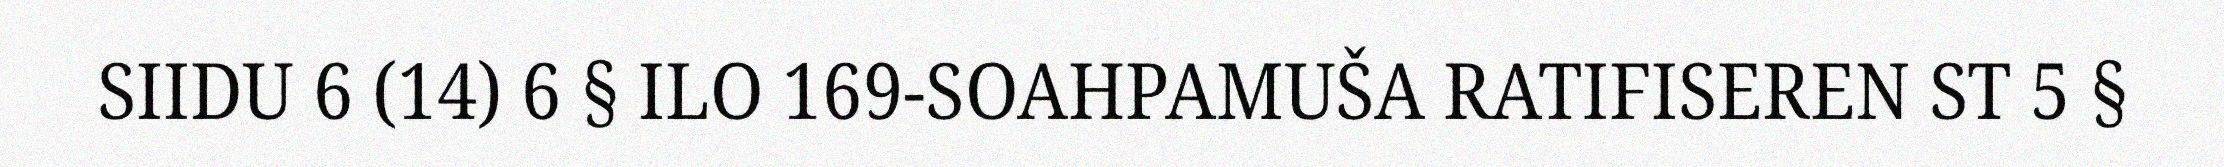
SIIDU 6 (14) 6 § ILO 169-SOAHPAMUŠA RATIFISEREN ST 5 §